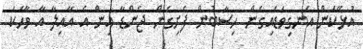
އުޅޭކަން އެނގިވަޑައިގެން ހިސާބުން ފެށިގެން ޖެންޑާ އިން އެ އާއިލާ އާ ވާހަކަ